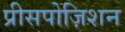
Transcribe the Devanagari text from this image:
प्रीसपोज़िशन